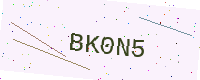
Text: BK0N5